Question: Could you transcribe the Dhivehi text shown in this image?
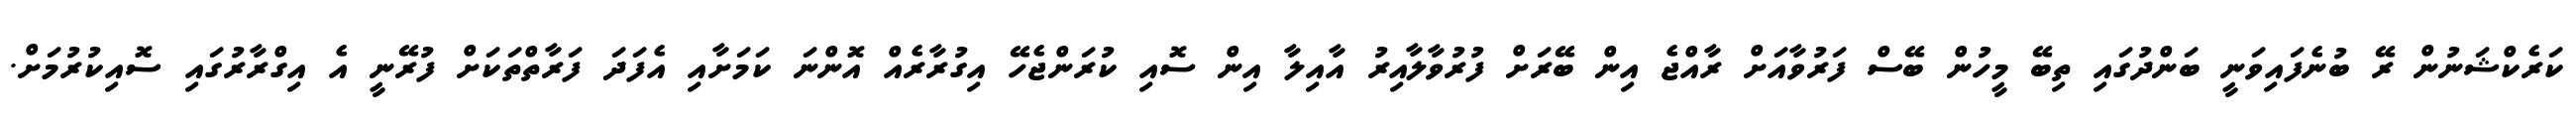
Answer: ކަރެކްޝަނުން ރޭ ބުނެފައިވަނީ ބަންދުގައި ތިބޭ މީހުން ބޭސް ފަރުވާއަށް ރާއްޖެ އިން ބޭރަށް ފުރުވާލާއިރު އާއިލާ އިން ސޮއި ކުރަންޖެހޭ އިގުރާރެއް އޮންނަ ކަމަށާއި އެފަދަ ފަރާތްތަކަށް ފުރޭނީ އެ އިގްރާރުގައި ސޮއިކުރުމަށް.